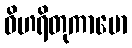
ဝိဟရိတုကာမော